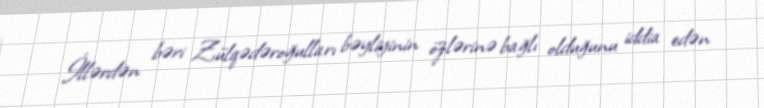
İllərdən bəri Zülqədəroğulları bəyliyinin özlərinə bağlı olduğunu iddia edən